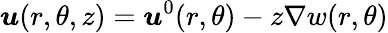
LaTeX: \boldsymbol{{u}}(r,\theta,z)=\boldsymbol{{u}}^{0}(r,\theta)-z\nabla w(r,\theta)